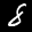
Label: 8